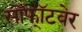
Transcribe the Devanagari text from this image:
सॉफॉ्टवेर